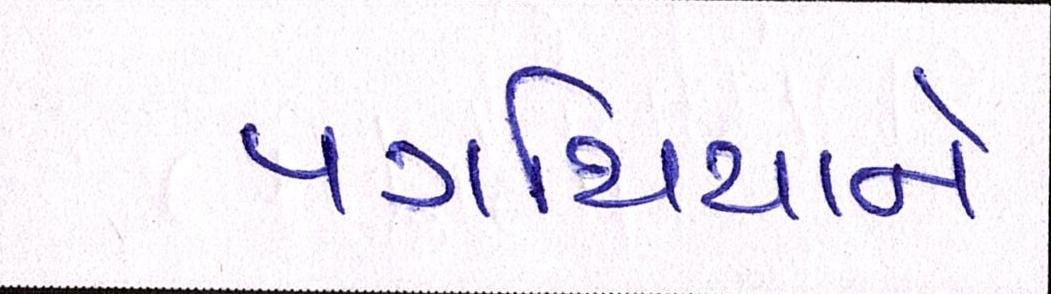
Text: પગથિયાને